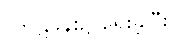
(ကူဋခန်း၌ ရေးခဲ့ပြီး)။